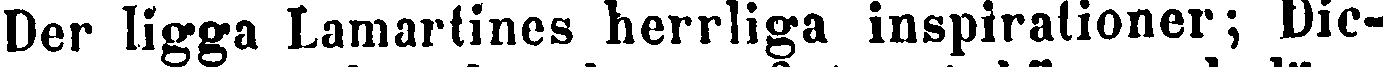
Der ligga Lamartines herrliga inspirationer; Dic-